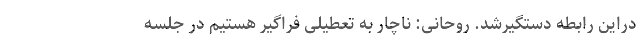
دراین رابطه دستگیرشد. روحانی: ناچار به تعطیلی فراگیر هستیم در جلسه